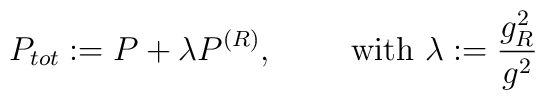
P_{tot}:=P+\lambda P^{(R)}, \qquad \textrm{ with }\lambda:=\frac{g_{R}^{2}}{g^{2}}